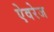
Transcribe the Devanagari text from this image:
ऐवरेज